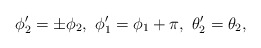
\begin{align*}\phi'_2=\pm\phi_2, \ \phi'_1=\phi_1+\pi, \ \theta'_2=\theta_2, \end{align*}